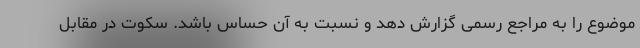
موضوع را به مراجع رسمی گزارش دهد و نسبت به آن حساس باشد. سکوت در مقابل